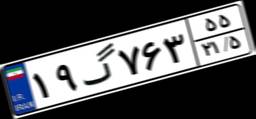
۱۹گ۷۶۳۵۵